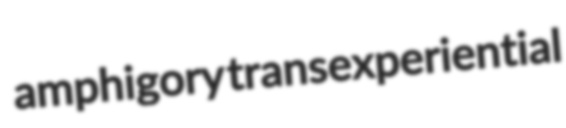
amphigory transexperiential